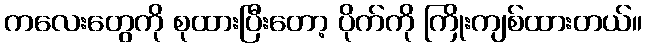
ကလေးတွေကို စုထားပြီးတော့ ပိုက်ကို ကြိုးကျစ်ထားတယ်။